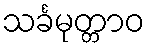
သင်္ခမုတ္တာဝ